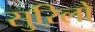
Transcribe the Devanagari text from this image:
सुऱिलो